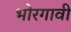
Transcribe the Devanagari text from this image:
भोरगावी